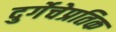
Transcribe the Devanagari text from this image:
दुर्गेचेप्रतिक